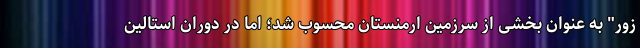
زور" به عنوان بخشی از سرزمین ارمنستان محسوب شد؛ اما در دوران استالین